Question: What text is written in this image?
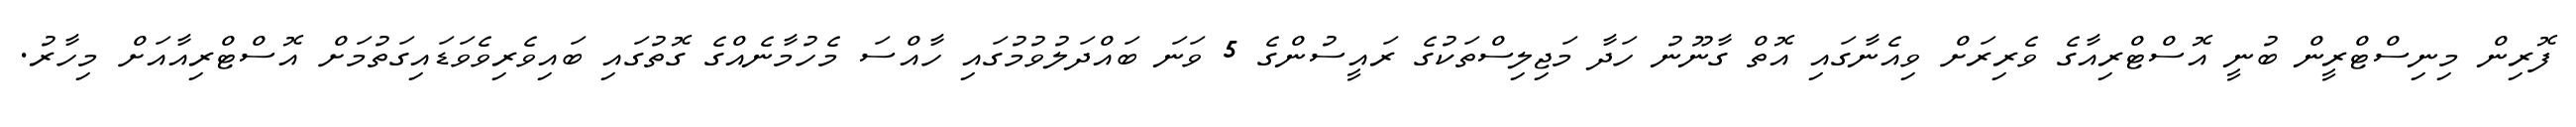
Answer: ފޮރިން މިނިސްޓްރީން ބުނީ އޮސްޓްރިއާގެ ވެރިރަށް ވިއެނާގައި އޮތް ގާނޫނު ހަދާ މަޖިލިސްތަކުގެ ރައީސުންގެ 5 ވަނަ ބައްދަލުވުމުގައި ހާއްސަ މެހުމާނެއްގެ ގޮތުގައި ބައިވެރިވެވަޑައިގަތުމަށް އޮސްޓްރިއާއަށް މިހާރު.